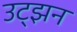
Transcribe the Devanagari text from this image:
उट्झन